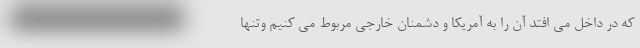
که در داخل می افتد آن را به آمریکا و دشمنان خارجی مربوط می کنیم وتنها